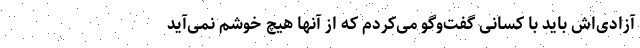
آزادی‌اش باید با کسانی گفت‌وگو می‌کردم که از آنها هیچ خوشم نمی‌آید